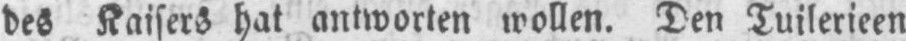
des Kaisers hat antworten wollen. Den Tuilerieen